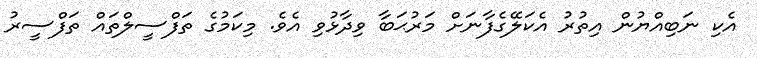
އެކި ނަބިއްޔުން އިތުރު އެކަލޭގެފާނަށް މަރުޙަބާ ވިދާޅުވި އެވެ. މިކަމުގެ ތަފްސީލްތައް ތަފްސީރު